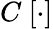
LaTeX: C\ [\cdot]